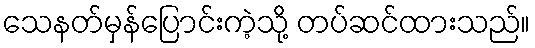
သေနတ်မှန်ပြောင်းကဲ့သို့ တပ်ဆင်ထားသည်။